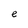
Character: e